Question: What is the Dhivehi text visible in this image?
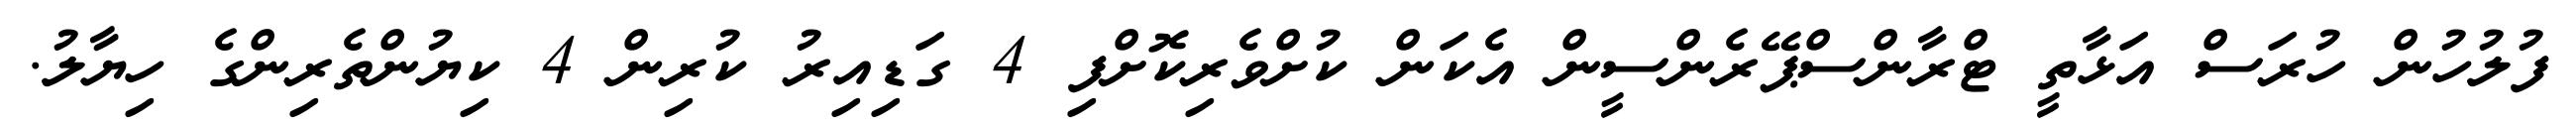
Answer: ފުލުހުން ހުރަސް އަޅާތީ ޓްރާންސްޕޭރެންސީން އެކަން ކުށްވެރިކޮށްފި 4 ގަޑިއިރު ކުރިން 4 ކިޔުންތެރިންގެ ހިޔާލު.